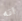
انه